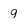
Character: 9